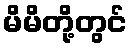
မိမိတို့တွင်